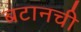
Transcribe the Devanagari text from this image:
बटानची